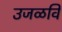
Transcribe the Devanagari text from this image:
उजळवि